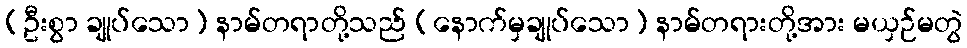
(ဦးစွာ ချုပ်သော) နာမ်တရာတို့သည် (နောက်မှချုပ်သော) နာမ်တရားတို့အား မယှဉ်မတွဲ